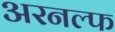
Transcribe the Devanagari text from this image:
अरनल्फ